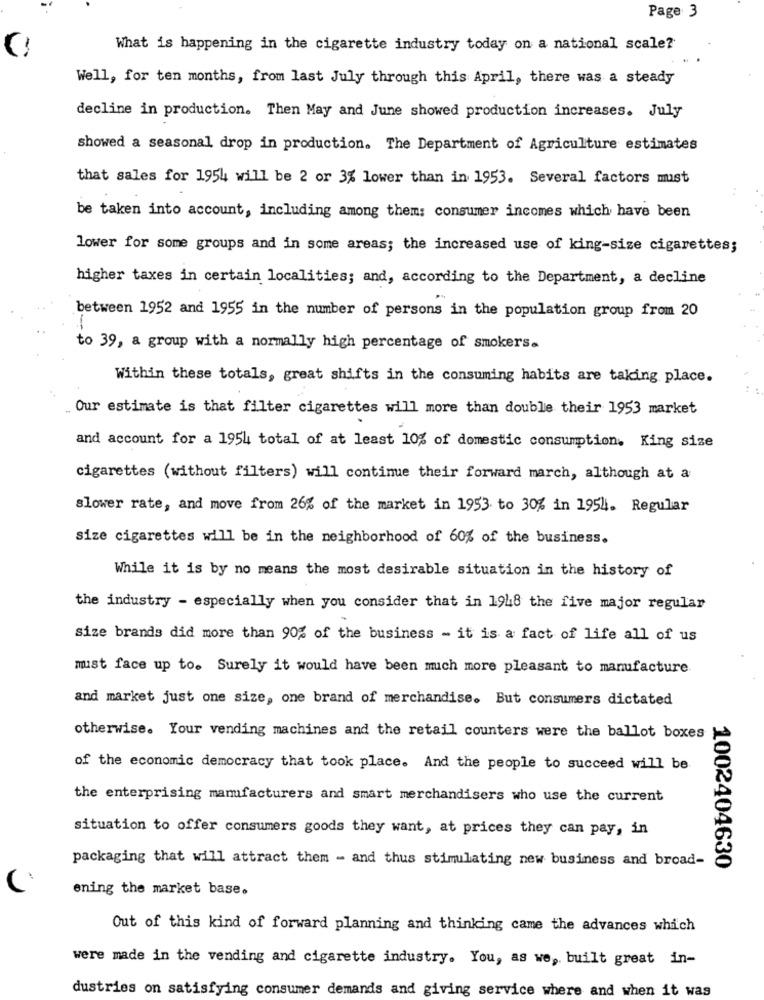
Page 3
What is happening in the cigarette industry today on a national scale?
Well, for ten months, from last July through this April, there was a steady
decline in production. Then May and June showed production increases. July
showed a seasonal drop in production. The Department of Agriculture estimates
that sales for 1954 will be 2 or 3% lower than in 1953. Several factors must
be taken into account, including among them: consumer incomes which have been
lower for some groups and in some areas; the increased use of king-size cigarettes;
higher taxes in certain localities; and, according to the Department, a decline
between 1952 and 1955 in the number of persons in the population group from 20
to 39, a group with a normally high percentage of smokers.
Within these totals, great shifts in the consuming habits are taking place.
Our estimate is that filter cigarettes will more than double their 1953 market
and account for a 1954 total of at least 10% of domestic consumption. King size
cigarettes (without filters) will continue their forward march, although at a
slower rate, and move from 26% of the market in 1953 to 30% in 1954. Regular
size cigarettes will be in the neighborhood of 60% of the business.
While it is by no means the most desirable situation in the history of
the industry - especially when you consider that in 1948 the five major regular
size brands did more than 90% of the business - it is a fact of life all of us
mist face up to. Surely it would have been much more pleasant to manufacture
and market just one size, one brand of merchandise. But consumers dictated
otherwise. Your vending machines and the retail counters were the ballot boxes
of the economic democracy that took place. And the people to succeed will be
the enterprising manufacturers and smart merchandisers who use the current
situation to offer consumers goods they want, at prices they can pay, in
packaging that will attract them - and thus stimulating new business and broad-
1002404630
ening the market base.
Out of this kind of forward planning and thinking came the advances which
were made in the vending and cigarette industry. You, as we, built great in-
dustries on satisfying consumer demands and giving service where and when it was